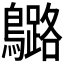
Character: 𪆬